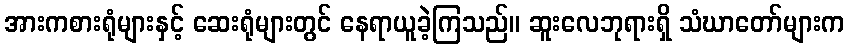
အားကစားရုံများနှင့် ဆေးရုံများတွင် နေရာယူခဲ့ကြသည်။ ဆူးလေဘုရားရှိ သံဃာတော်များက